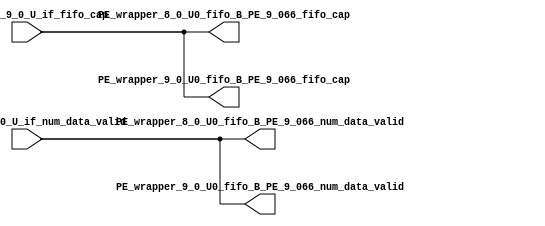
// ==================================================
// RTL generated by RapidStream
//
// Copyright 2024 RapidStream Design Automation, Inc.
// All Rights Reserved.
// ==================================================
`timescale 1 ns / 1 ps
module __rs_kernel3_aux_split_aux_137 #(
    parameter C_S_AXI_CONTROL_DATA_WIDTH  = 32,
    parameter C_S_AXI_CONTROL_ADDR_WIDTH  = 6,
    parameter C_S_AXI_DATA_WIDTH          = 32,
    parameter C_M_AXI_GMEM_A_ID_WIDTH     = 1,
    parameter C_M_AXI_GMEM_A_ADDR_WIDTH   = 64,
    parameter C_M_AXI_GMEM_A_DATA_WIDTH   = 512,
    parameter C_M_AXI_GMEM_A_AWUSER_WIDTH = 1,
    parameter C_M_AXI_GMEM_A_ARUSER_WIDTH = 1,
    parameter C_M_AXI_GMEM_A_WUSER_WIDTH  = 1,
    parameter C_M_AXI_GMEM_A_RUSER_WIDTH  = 1,
    parameter C_M_AXI_GMEM_A_BUSER_WIDTH  = 1,
    parameter C_M_AXI_GMEM_A_USER_VALUE   = 0,
    parameter C_M_AXI_GMEM_A_PROT_VALUE   = 0,
    parameter C_M_AXI_GMEM_A_CACHE_VALUE  = 3,
    parameter C_M_AXI_DATA_WIDTH          = 32,
    parameter C_M_AXI_GMEM_B_ID_WIDTH     = 1,
    parameter C_M_AXI_GMEM_B_ADDR_WIDTH   = 64,
    parameter C_M_AXI_GMEM_B_DATA_WIDTH   = 512,
    parameter C_M_AXI_GMEM_B_AWUSER_WIDTH = 1,
    parameter C_M_AXI_GMEM_B_ARUSER_WIDTH = 1,
    parameter C_M_AXI_GMEM_B_WUSER_WIDTH  = 1,
    parameter C_M_AXI_GMEM_B_RUSER_WIDTH  = 1,
    parameter C_M_AXI_GMEM_B_BUSER_WIDTH  = 1,
    parameter C_M_AXI_GMEM_B_USER_VALUE   = 0,
    parameter C_M_AXI_GMEM_B_PROT_VALUE   = 0,
    parameter C_M_AXI_GMEM_B_CACHE_VALUE  = 3,
    parameter C_M_AXI_GMEM_C_ID_WIDTH     = 1,
    parameter C_M_AXI_GMEM_C_ADDR_WIDTH   = 64,
    parameter C_M_AXI_GMEM_C_DATA_WIDTH   = 512,
    parameter C_M_AXI_GMEM_C_AWUSER_WIDTH = 1,
    parameter C_M_AXI_GMEM_C_ARUSER_WIDTH = 1,
    parameter C_M_AXI_GMEM_C_WUSER_WIDTH  = 1,
    parameter C_M_AXI_GMEM_C_RUSER_WIDTH  = 1,
    parameter C_M_AXI_GMEM_C_BUSER_WIDTH  = 1,
    parameter C_M_AXI_GMEM_C_USER_VALUE   = 0,
    parameter C_M_AXI_GMEM_C_PROT_VALUE   = 0,
    parameter C_M_AXI_GMEM_C_CACHE_VALUE  = 3,
    parameter C_S_AXI_CONTROL_WSTRB_WIDTH = 4,
    parameter C_S_AXI_WSTRB_WIDTH         = 4,
    parameter C_M_AXI_GMEM_A_WSTRB_WIDTH  = 64,
    parameter C_M_AXI_WSTRB_WIDTH         = 4,
    parameter C_M_AXI_GMEM_B_WSTRB_WIDTH  = 64,
    parameter C_M_AXI_GMEM_C_WSTRB_WIDTH  = 64
) (
    output wire [1:0] PE_wrapper_8_0_U0_fifo_B_PE_9_066_fifo_cap,
    output wire [1:0] PE_wrapper_8_0_U0_fifo_B_PE_9_066_num_data_valid,
    output wire [1:0] PE_wrapper_9_0_U0_fifo_B_PE_9_066_fifo_cap,
    output wire [1:0] PE_wrapper_9_0_U0_fifo_B_PE_9_066_num_data_valid,
    input wire  [1:0] fifo_B_PE_9_0_U_if_fifo_cap,
    input wire  [1:0] fifo_B_PE_9_0_U_if_num_data_valid
);
assign PE_wrapper_8_0_U0_fifo_B_PE_9_066_fifo_cap = fifo_B_PE_9_0_U_if_fifo_cap;
assign PE_wrapper_8_0_U0_fifo_B_PE_9_066_num_data_valid = fifo_B_PE_9_0_U_if_num_data_valid;
assign PE_wrapper_9_0_U0_fifo_B_PE_9_066_fifo_cap = fifo_B_PE_9_0_U_if_fifo_cap;
assign PE_wrapper_9_0_U0_fifo_B_PE_9_066_num_data_valid = fifo_B_PE_9_0_U_if_num_data_valid;
endmodule